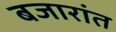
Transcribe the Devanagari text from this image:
बजारांत